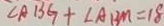
\angle A B G + \angle A B M = 1 8